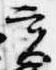
実